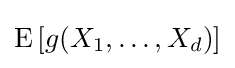
\operatorname {E} \left[g(X_{1},\dots ,X_{d})\right]